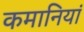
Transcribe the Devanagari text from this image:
कमानियां